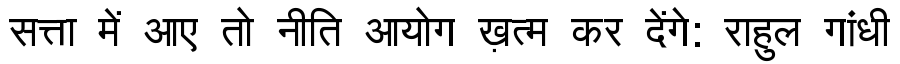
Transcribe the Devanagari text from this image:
सत्ता में आए तो नीति आयोग ख़त्म कर देंगे: राहुल गांधी